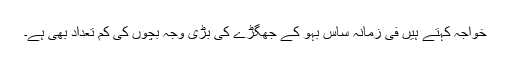
خواجہ کہتے ہیں فی زمانہ ساس بہو کے جھگڑے کی بڑی وجہ بچوں کی کم تعداد بھی ہے۔